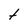
Character: t